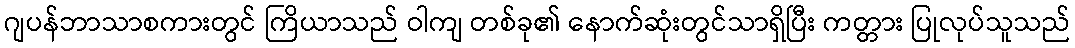
ဂျပန်ဘာသာစကားတွင် ကြိယာသည် ဝါကျ တစ်ခု၏ နောက်ဆုံးတွင်သာရှိပြီး ကတ္တား ပြုလုပ်သူသည်